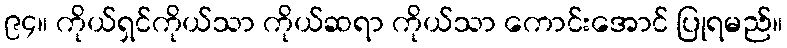
၉၄။ ကိုယ်ရှင်ကိုယ်သာ ကိုယ်ဆရာ ကိုယ်သာ ကောင်းအောင် ပြုရမည်။